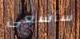
سأسعى